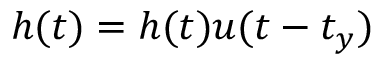
\begin{array} { r } { h ( t ) = h ( t ) u ( t - t _ { y } ) } \end{array}